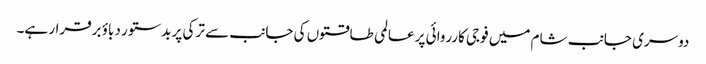
دوسری جانب شام میں فوجی کارروائی پر عالمی طاقتوں کی جانب سے ترکی پر بدستور دباؤ برقرار ہے۔